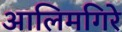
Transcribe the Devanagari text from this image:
आलिमगिरे